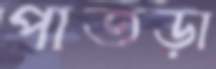
পাতড়া